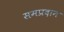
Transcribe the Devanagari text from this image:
समप्रदान